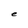
Character: e